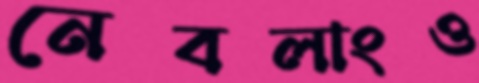
নেবলাংও